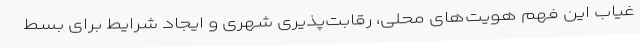
غیاب این فهم هویت‌های محلی، رقابت‌پذیری شهری و ایجاد شرایط برای بسط